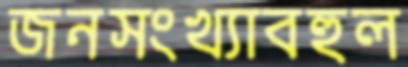
জনসংখ্যাবহুল